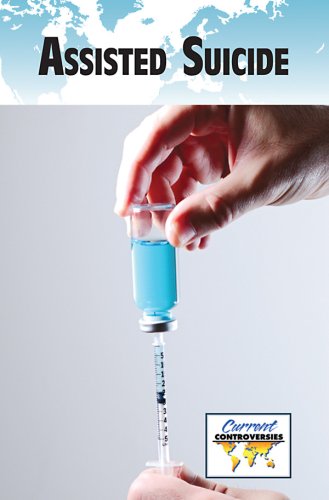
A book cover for Assisted Suicide (Current Controversies); Sylvia Engdahl; Teen & Young Adult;